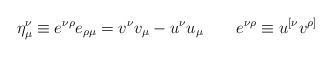
LaTeX: \begin{align*}\eta _\mu ^\nu \equiv e^{\nu \rho }e_{\rho \mu }=v^\nu v_\mu -u^\nu u_\mu\qquad e^{\nu \rho }\equiv u^{[\nu }v^{\rho ]} \end{align*}